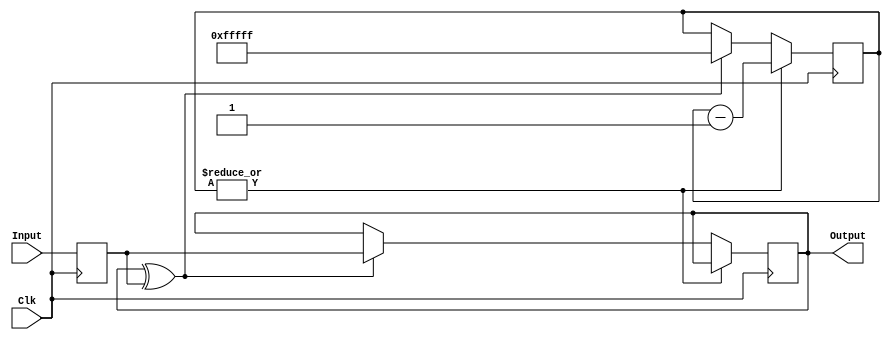
module Debounce #(
 parameter N = 20 // Size of the dead-time counter
)(
 input  Clk, // 50 MHz
 input  Input,
 output Output
);
//------------------------------------------------------------------------------

reg [N-1:0]Count; // 21 ms
reg        Input_1;

always @(posedge Clk) begin
 Input_1 <= Input;

 if(|Count) begin
  Count <= Count - 1'b1;

 end else begin
  if(Output ^ Input_1) begin
   Output <= Input_1;
   Count  <= {N{1'b1}};
  end
 end
end
//------------------------------------------------------------------------------

endmodule